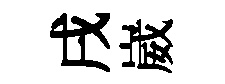
戌崴